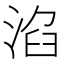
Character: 淊